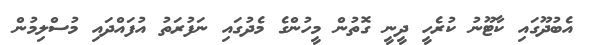
އެބުދޫގައި ކާޓޫނު ކުރެހީ ދީނީ ގޮތުން މީހުންގެ މެދުގައި ނަފުރަތު އުފައްދައި މުސްލިމުން